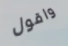
واقول